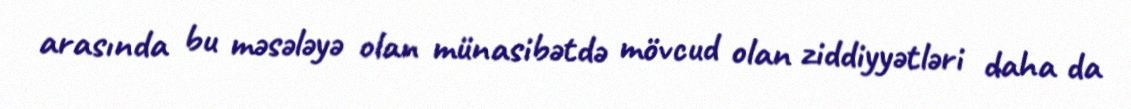
arasında bu məsələyə olan münasibətdə mövcud olan ziddiyyətləri daha da